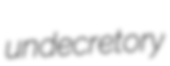
undecretory